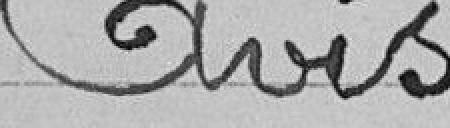
Avis